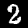
Digit: 2